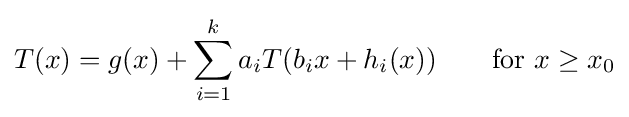
T(x)=g(x)+\sum _{i=1}^{k}a_{i}T(b_{i}x+h_{i}(x))\qquad {\text{for }}x\geq x_{0}